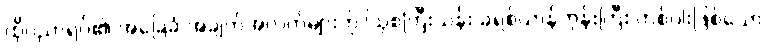
ထိုပညာရပ်၏ အခြေခံ အချက်အလက်များကို ဩစတြီးယန်း ခရစ်ယာန်ဘုန်းကြီး တစ်ပါးဖြစ်သော